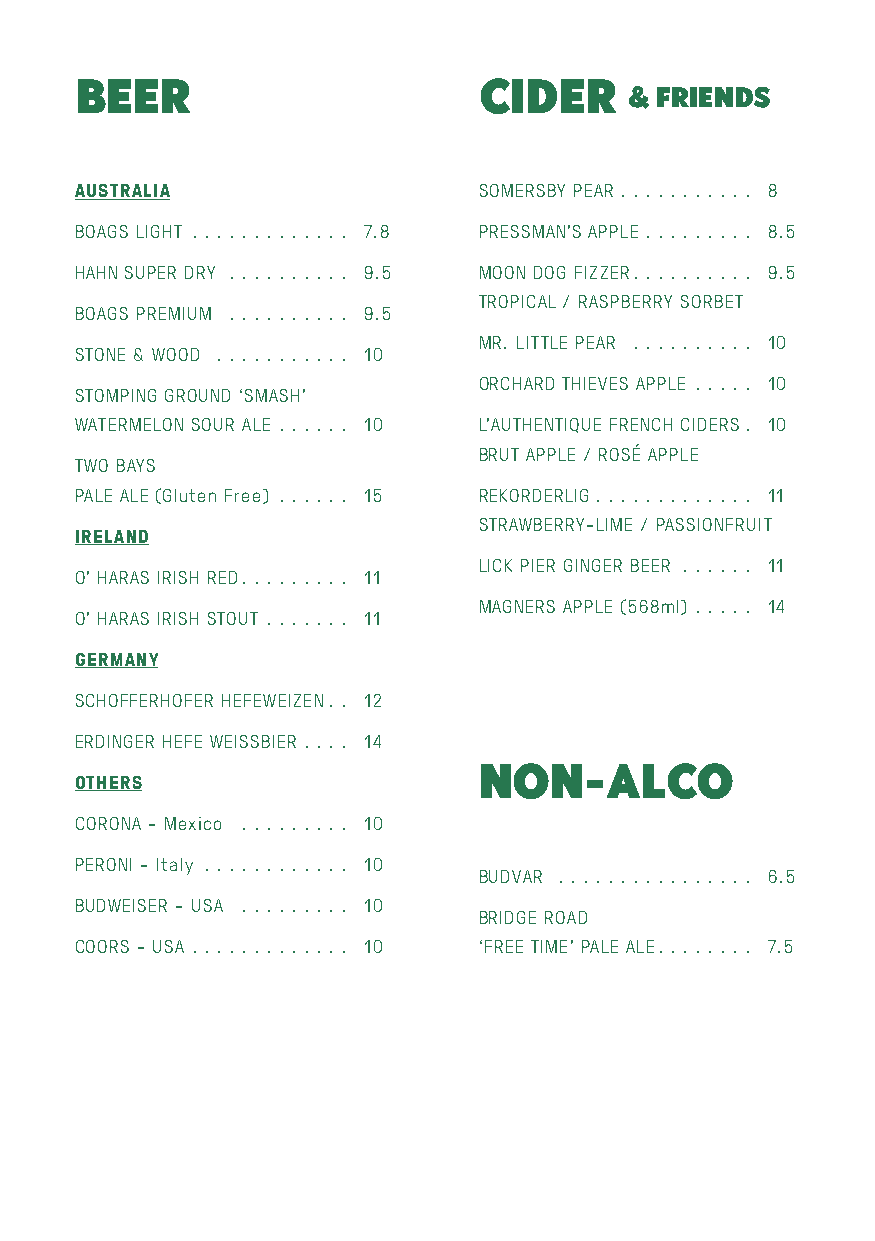
BEER                       CIDER     & FRIENDS
 AUSTRALIA                  SOMERSBY PEAR . . . . . . . . . . . 8
 BOAGS LIGHT . . . . . . . . . . . . . 7.8 PRESSMAN’S APPLE . . . . . . . . . 8.5
 HAHN SUPER DRY . . . . . . . . . . 9.5 MOON DOG FIZZER. . . . . . . . . . 9.5
 TROPICAL / RASPBERRY SORBET
 BOAGS PREMIUM . . . . . . . . . . 9.5
 MR. LITTLE PEAR . . . . . . . . . . 10
 STONE & WOOD . . . . . . . . . . . 10
 ORCHARD THIEVES APPLE . . . . . 10
 STOMPING GROUND ‘SMASH’
 WATERMELON SOUR ALE . . . . . . 10 L’AUTHENTIQUE FRENCH CIDERS. 10
 BRUT APPLE / ROSÉ APPLE
 TWO BAYS
 PALE ALE (Gluten Free) . . . . . . 15 REKORDERLIG . . . . . . . . . . . . . 11
 STRAWBERRY-LIME / PASSIONFRUIT
 IRELAND
 LICK PIER GINGER BEER . . . . . . 11
 O’ HARAS IRISH RED. . . . . . . . . 11
 MAGNERS APPLE (568ml) . . . . . 14
 O’ HARAS IRISH STOUT . . . . . . . 11
 GERMANY
 SCHOFFERHOFER HEFEWEIZEN. . 12
 ERDINGER HEFE WEISSBIER . . . . 14
 OTHERS                     NON-ALCO
 CORONA - Mexico . . . . . . . . . 10
 PERONI - Italy . . . . . . . . . . . . 10
 BUDVAR . . . . . . . . . . . . . . . . 6.5
 BUDWEISER - USA . . . . . . . . . 10
 BRIDGE ROAD
 COORS - USA . . . . . . . . . . . . . 10 ‘FREE TIME’ PALE ALE. . . . . . . . 7.5